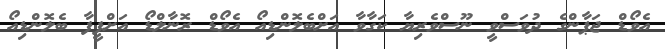
އެވޯޑް ޖަޕާންގެ ދުވަސްވީ ނޫސްވެރިޔާ ކަގާވާ އަށްބެލޮންޑިއޯ އެވޯޑް ރޮނާލްޑޯ އަށްފީފާ ބެލޮންޑިއޯ